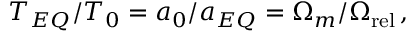
T _ { E Q } / T _ { 0 } = a _ { 0 } / a _ { E Q } = \Omega _ { m } / \Omega _ { \mathrm { r e l } } \, ,